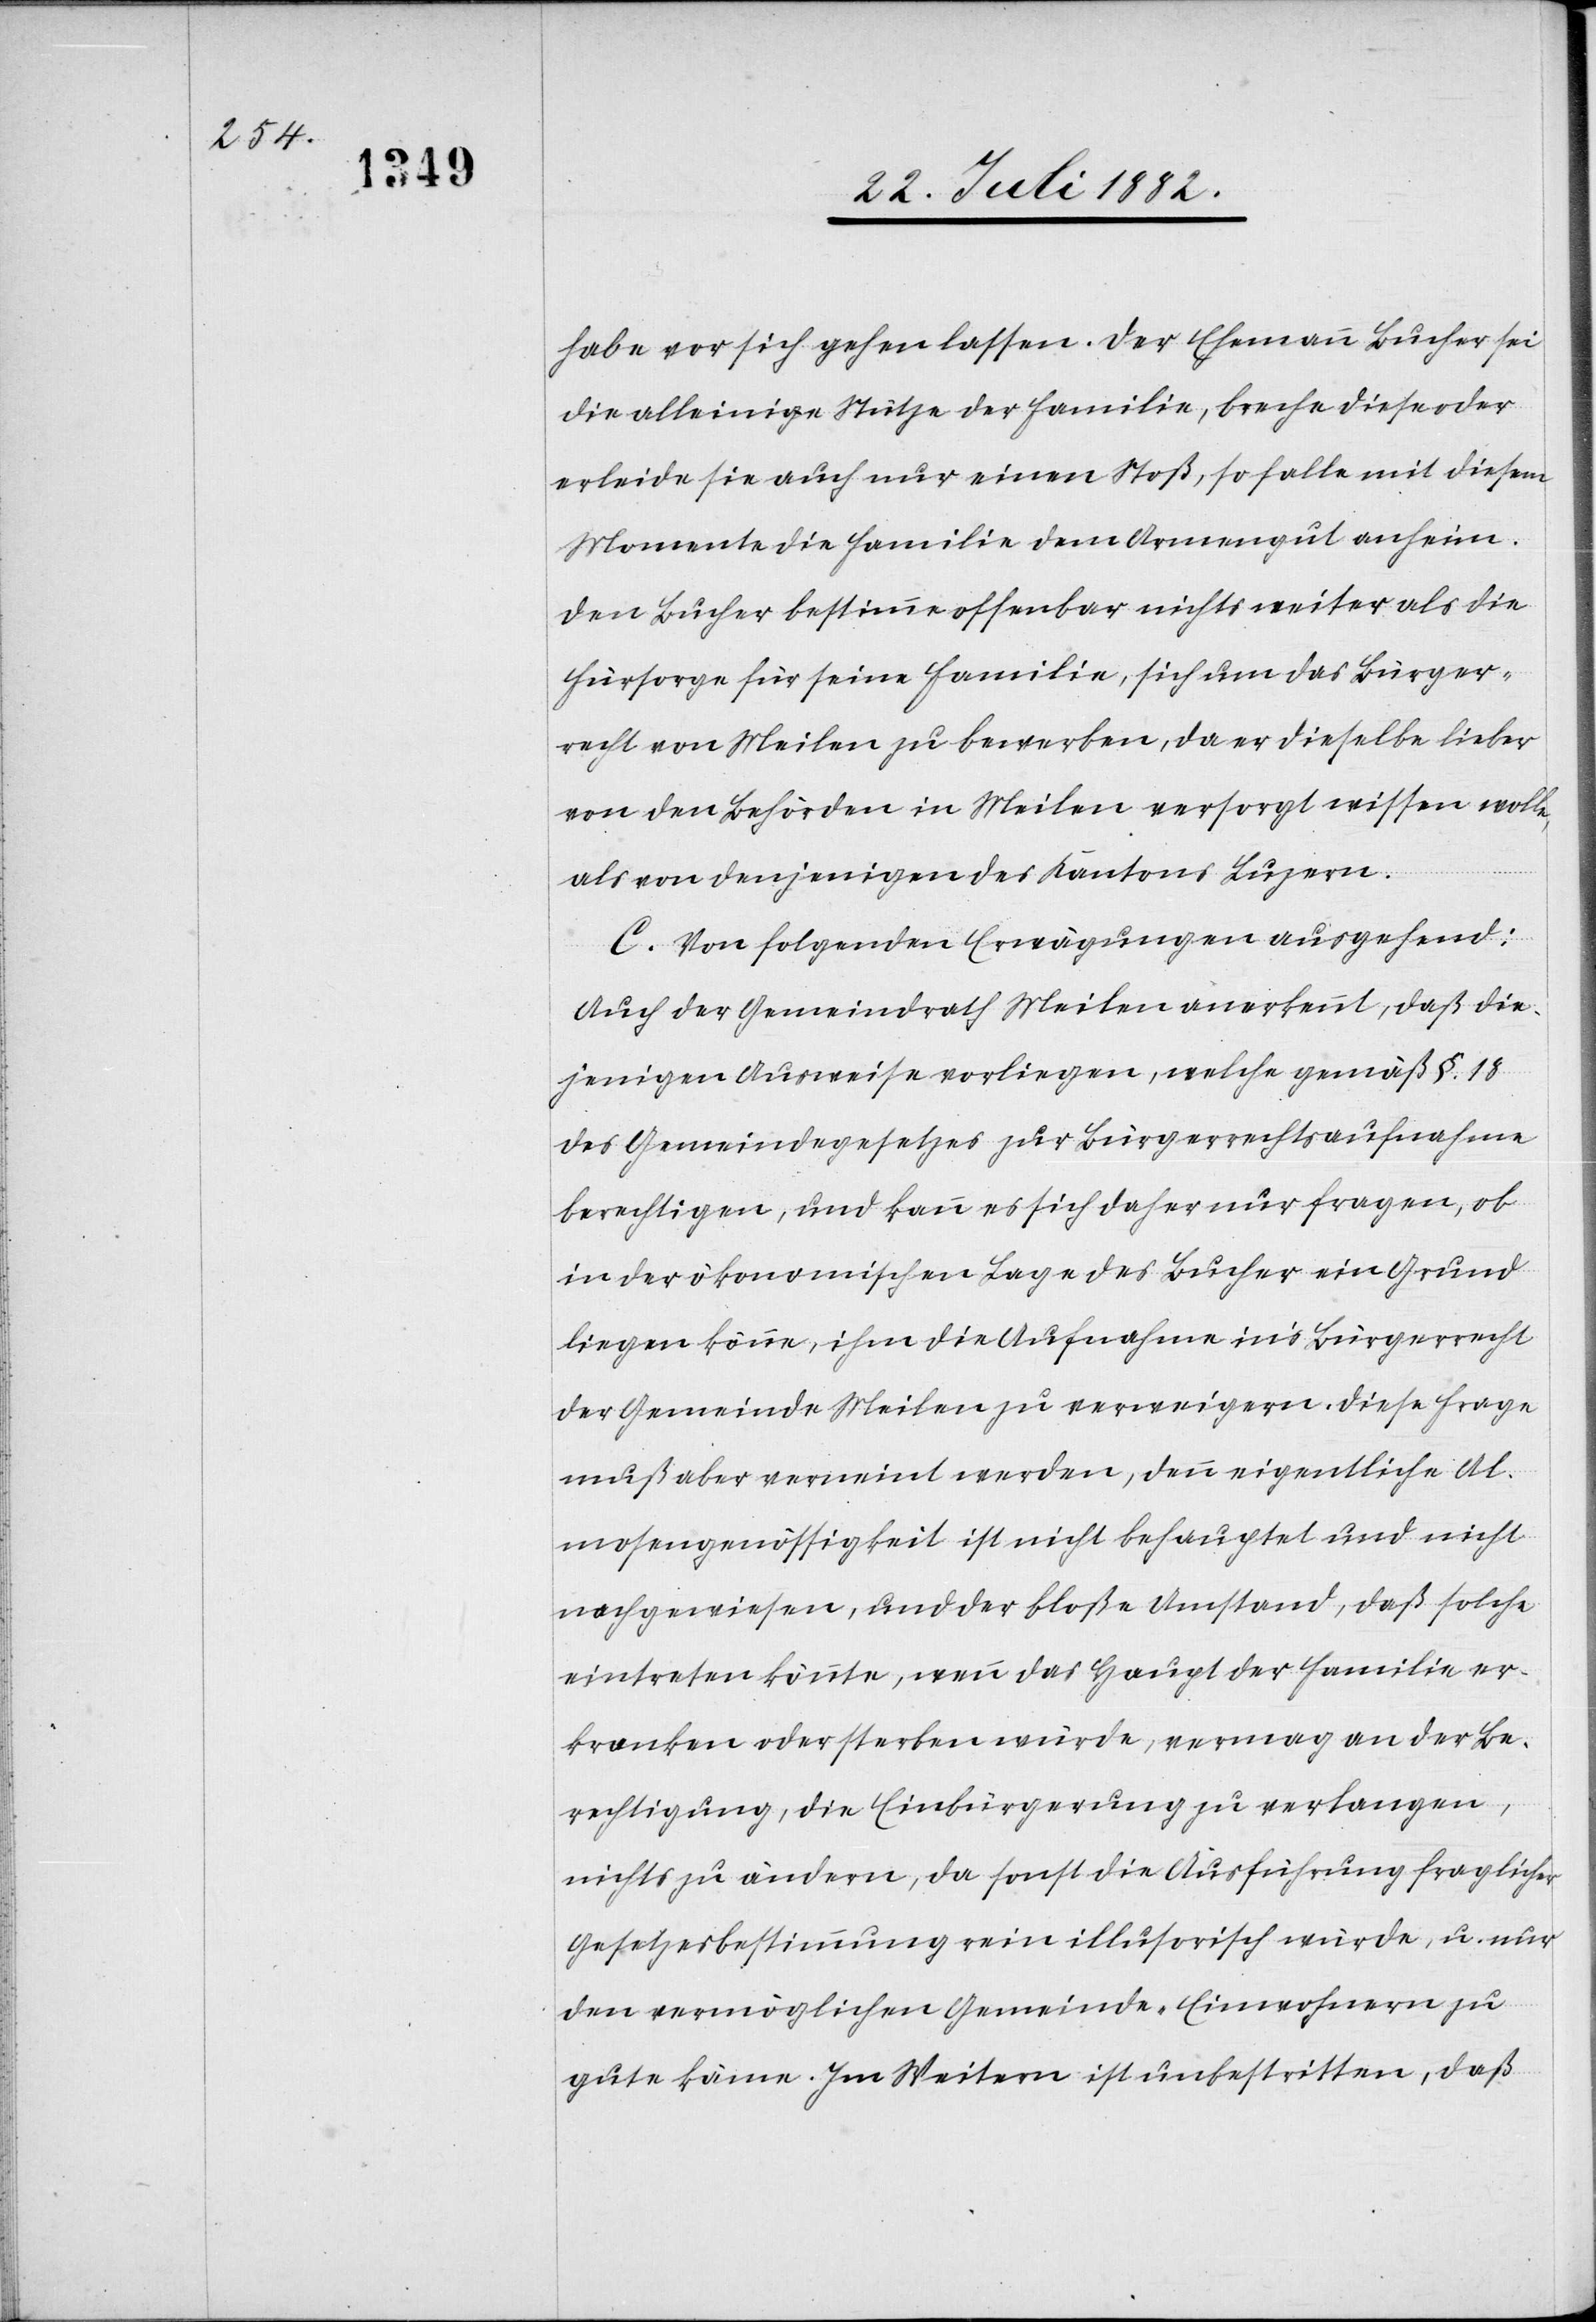
habe vor sich gehen lassen. Der Ehemann Bucher sei
die alleinige Stütze der Familie, breche diese oder
erleide sie auch nur einen Stoß, so falle mit diesem
Momente die Familie dem Armengut anheim.
Den Bucher bestimme offenbar nichts weiter als die
Fürsorge für seine Familie, sich um das Bürger¬
recht von Meilen zu bewerben, da er dieselbe lieber
von den Behörden in Meilen versorgt wissen wolle,
als von denjenigen des Kantons Luzern.
C. Von folgenden Erwägungen ausgehend:
Auch der Gemeindrath Meilen anerkennt, daß die¬
jenigen Ausweise vorliegen, welche gemäß §. 18
des Gemeindegesetzes zur Bürgerrechtsaufnahme
berechtigen, und kann es sich daher nur fragen, ob
in der ökonomischen Lage des Bucher ein Grund
liegen könne, ihm die Aufnahme in’s Bürgerrecht
der Gemeinde Meilen zu verweigern. Diese Frage
muß aber verneint werden, denn eigentliche Al¬
mosengenössigkeit ist nicht behauptet und nicht
nachgewiesen, und der bloße Umstand, daß solche
eintreten könnte, wenn das Haupt der Familie er¬
kranken oder sterben würde, vermag an der Be¬
rechtigung, die Einbürgerung zu verlangen,
nichts zu ändern, da sonst die Ausführung fraglicher
Gesetzesbestimmung rein illusorisch würde, u. nur
den vermöglichen Gemeinde-Einwohnern zu
gute käme. Im Weitern ist unbestritten, daß